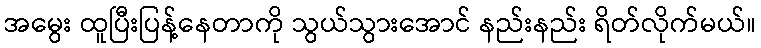
အမွေး ထူပြီးပြန့်နေတာကို သွယ်သွားအောင် နည်းနည်း ရိတ်လိုက်မယ်။